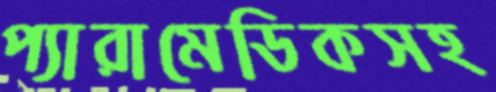
প্যারামেডিকসহ